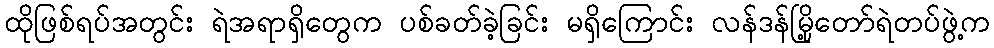
ထိုဖြစ်ရပ်အတွင်း ရဲအရာရှိတွေက ပစ်ခတ်ခဲ့ခြင်း မရှိကြောင်း လန်ဒန်မြို့တော်ရဲတပ်ဖွဲ့က